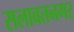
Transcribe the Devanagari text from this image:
सलावतनगर